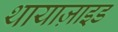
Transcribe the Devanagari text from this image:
थायाज़ाइड